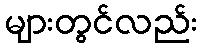
များတွင်လည်း